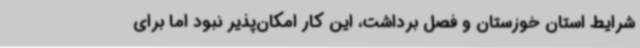
شرایط استان خوزستان و فصل برداشت، این کار امکان‌پذیر نبود اما برای